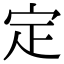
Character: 定